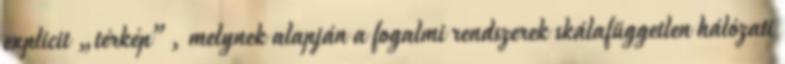
explicit „térkép”, melynek alapján a fogalmi rendszerek skálafüggetlen hálózati